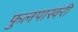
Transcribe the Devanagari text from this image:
फुलपाखरी